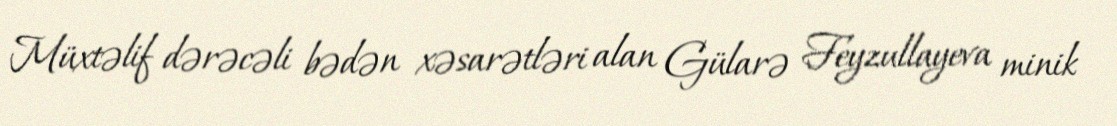
Müxtəlif dərəcəli bədən xəsarətləri alan Gülarə Feyzullayeva minik